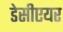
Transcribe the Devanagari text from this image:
डेसीएयर